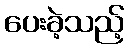
ပေးခဲ့သည့်